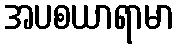
အပစယာရာမာ